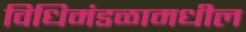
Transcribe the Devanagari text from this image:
विधिमंडळामधील